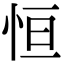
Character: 恒